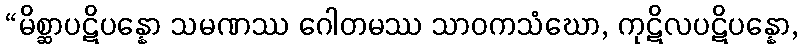
“မိစ္ဆာပဋိပန္နော သမဏဿ ဂေါတမဿ သာဝကသံဃော, ကုဋိလပဋိပန္နော,